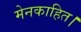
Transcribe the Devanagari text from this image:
मेनकाहित।